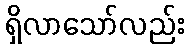
ရှိလာသော်လည်း